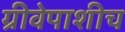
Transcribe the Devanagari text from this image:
ग्रीवेपाशीच